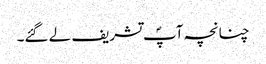
چنانچہ آپؐ تشریف لے گئے۔